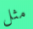
مثل